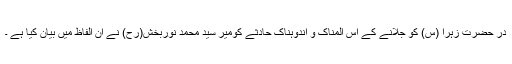
در حضرت زہرا (س) کو جلانے کے اس المناک و اندوہناک حادثے کومیر سید محمد نوربخش(رح) نے ان الفاظ میں بیان کیا ہے ۔